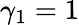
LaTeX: \gamma_{1}=1